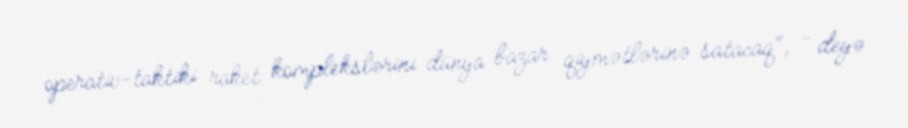
operativ-taktiki raket komplekslərini dünya bazar qiymətlərinə satacaq", - deyə